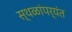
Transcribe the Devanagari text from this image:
स्थळांपर्यंत